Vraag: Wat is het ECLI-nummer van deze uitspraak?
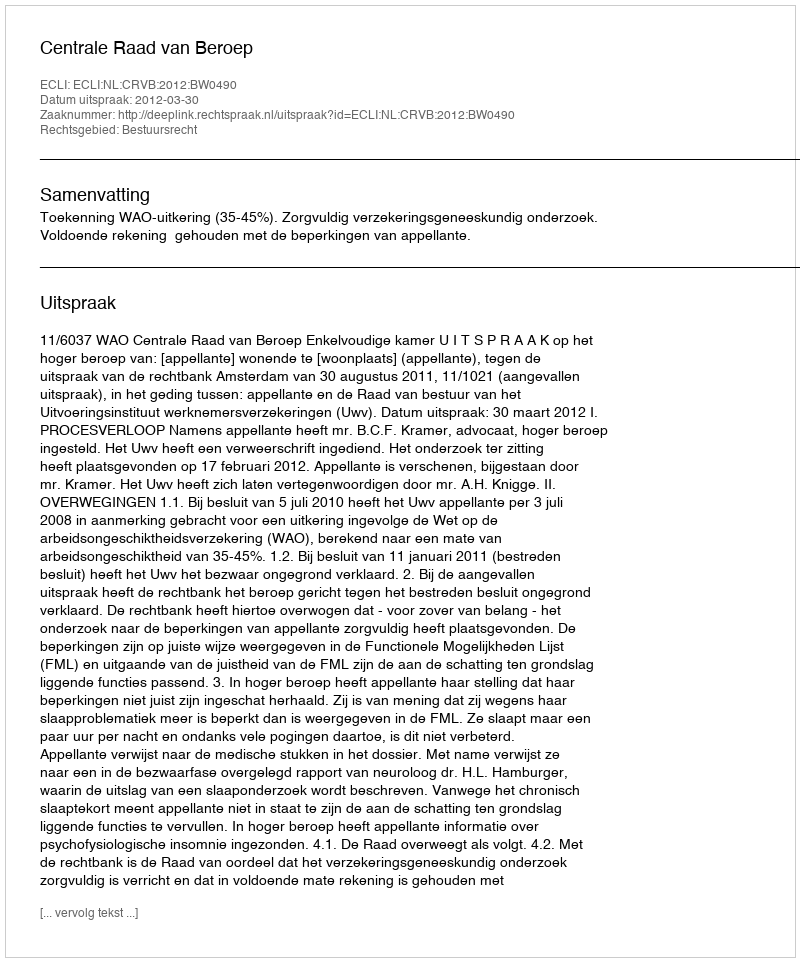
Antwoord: ECLI:NL:CRVB:2012:BW0490